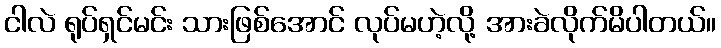
ငါလဲ ရုပ်ရှင်မင်း သားဖြစ်အောင် လုပ်မဟဲ့လို့ အားခဲလိုက်မိပါတယ်။